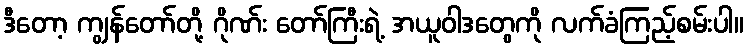
ဒီတော့ ကျွန်တော်တို့ ဂိုဏ်း တော်ကြီးရဲ့ အယူဝါဒတွေကို လက်ခံကြည့်စမ်းပါ။